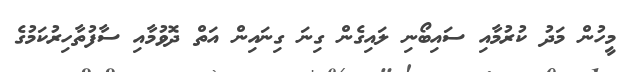
މީހުން މަދު ކުރުމާއި ސައިބޯނި ލައިގެން ގިނަ ގިނައިން އަތް ދޮވުމާއި ސާފުތާހިރުކަމުގެ